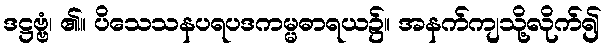
ဒဋ္ဌဗ္ဗံ၊ ၏။ ပိသေသနပရပဒကမ္မဓာရယ၌။ အနက်ကျသို့လိုက်၍